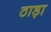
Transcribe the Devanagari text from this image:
ठाड़ा